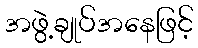
အဖွဲ့ချုပ်အနေဖြင့်